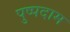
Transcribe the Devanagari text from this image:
पुष्पदाम